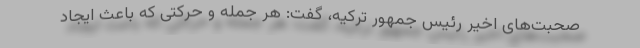
صحبت‌های اخیر رئیس جمهور ترکیه، گفت: هر جمله و حرکتی که باعث ایجاد